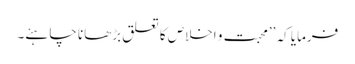
فرمایا کہ ’’محبت و اخلاص کا تعلق بڑھانا چاہئے۔